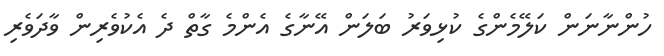
ހުންނާނަން ކަލޭމެންގެ ކުޅިވަރު ބަލަން އޭނާގެ އެންމެ ގާތް ދެ އެކުވެރިން ވާދަވެރި